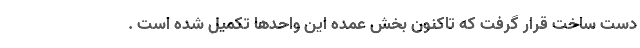
دست ساخت قرار گرفت که تاکنون بخش عمده این واحدها تکمیل شده است .